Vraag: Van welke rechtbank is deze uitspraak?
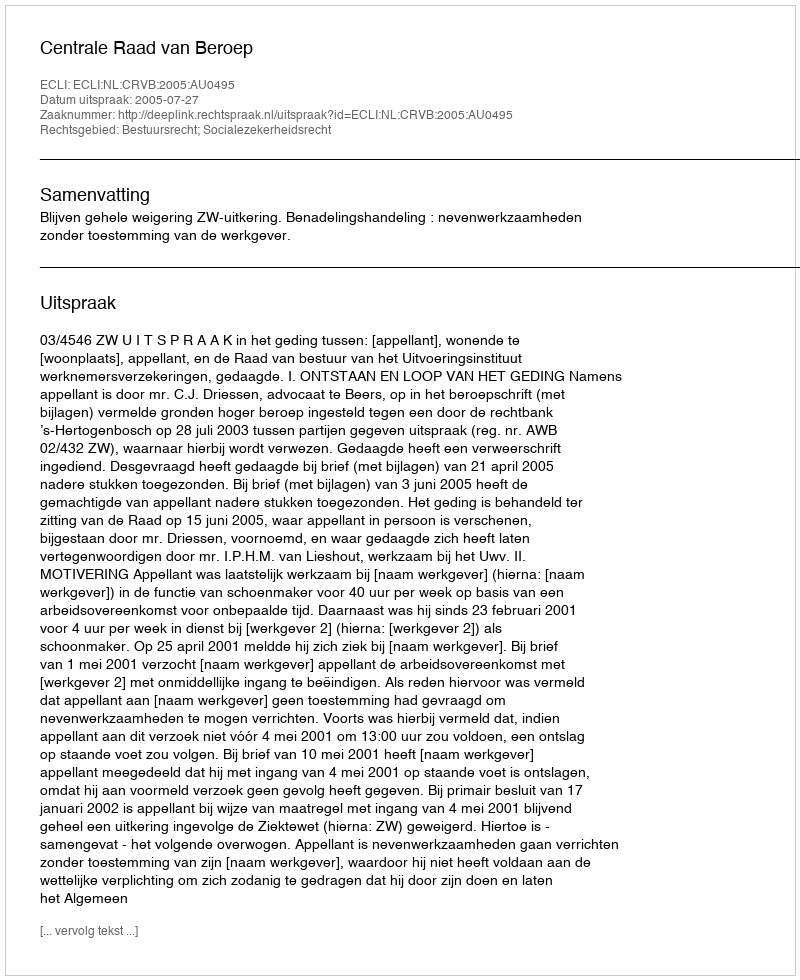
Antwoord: Centrale Raad van Beroep